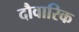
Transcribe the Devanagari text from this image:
दौवारिक